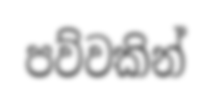
පව්වකින්